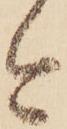
今